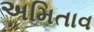
અમિતાવ